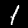
Label: 1